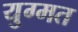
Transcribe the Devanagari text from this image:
युग्मत